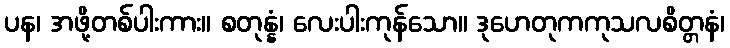
ပန၊ အဖို့တစ်ပါးကား။ စတုန္နံ၊ လေးပါးကုန်သော။ ဒုဟေတုကကုသလစိတ္တနံ၊